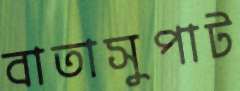
বাতাসুপাট